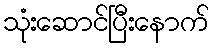
သုံးဆောင်ပြီးနောက်